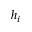
h _ { i }